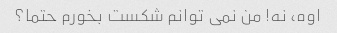
اوه، نه! من نمی توانم شکست بخورم حتما؟